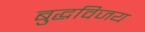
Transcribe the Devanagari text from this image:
बुद्धविजय